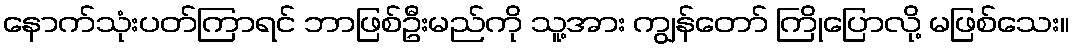
နောက်သုံးပတ်ကြာရင် ဘာဖြစ်ဦးမည်ကို သူ့အား ကျွန်တော် ကြိုပြောလို့ မဖြစ်သေး။